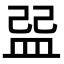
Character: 𥁥